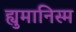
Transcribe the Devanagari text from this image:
ह्युमानिस्म